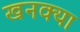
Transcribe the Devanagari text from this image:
खनक्या